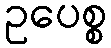
ဥပေစ္စ